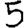
Digit: 5